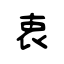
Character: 衷